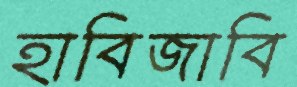
হাবিজাবি